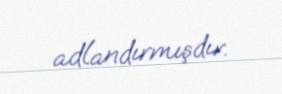
adlandırmışdır.